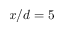
x / d = 5